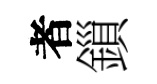
者鎻